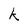
Character: k